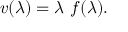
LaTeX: v ( \lambda ) = \lambda \ f ( \lambda ) .